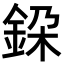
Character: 䤪